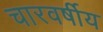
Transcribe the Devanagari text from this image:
चारवर्षीय